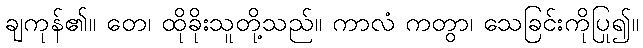
ချကုန်၏။ တေ၊ ထိုခိုးသူတို့သည်။ ကာလံ ကတွာ၊ သေခြင်းကိုပြု၍။